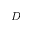
D